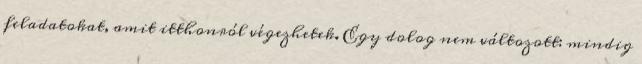
feladatokat, amit itthonról végezhetek. Egy dolog nem változott: mindig